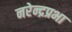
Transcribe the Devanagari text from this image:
नरेन्द्रप्रभा